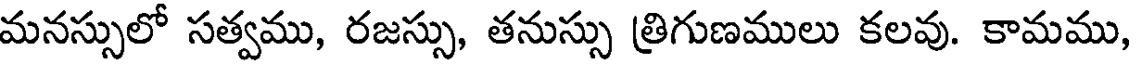
మనస్సులో సత్వము, రజస్సు, తనుస్సు త్రిగుణములు కలవు. కామము,